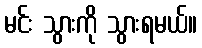
မင်း သွားကို သွားရမယ်။